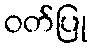
ဝတ်ပြု